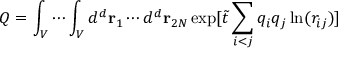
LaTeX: Q = \int _ { V } \cdots \int _ { V } d ^ { d } { \bf r } _ { 1 } \cdots d ^ { d } { \bf r } _ { 2 N } \exp [ { \tilde { t } } \sum _ { i < j } q _ { i } q _ { j } \ln ( r _ { i j } ) ]